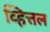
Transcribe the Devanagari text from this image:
व्हित्तल